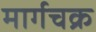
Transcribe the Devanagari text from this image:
मार्गचक्र